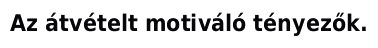
Az átvételt motiváló tényezők.